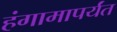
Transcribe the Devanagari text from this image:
हंगामापर्यंत